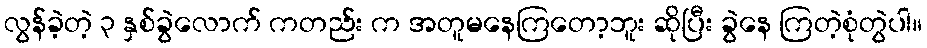
လွန်ခဲ့တဲ့ ၃ နှစ်ခွဲလောက် ကတည်း က အတူမနေကြတော့ဘူး ဆိုပြီး ခွဲနေ ကြတဲ့စုံတွဲပါ။